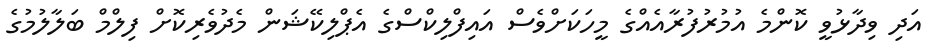
އަދި ވިދާޅުވީ ކޮންމެ އުުމުރުފުރާއެއްގެ މީހަކަށްވެސް އައިފްލިކްސްގެ އެޕްލިކޭޝަން މެދުވެރިކޮށް ފިލްމް ބަލާލުމުގެ